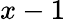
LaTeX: x-1